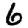
Digit: 6